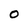
Character: O